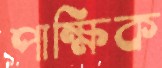
পাক্ষিক